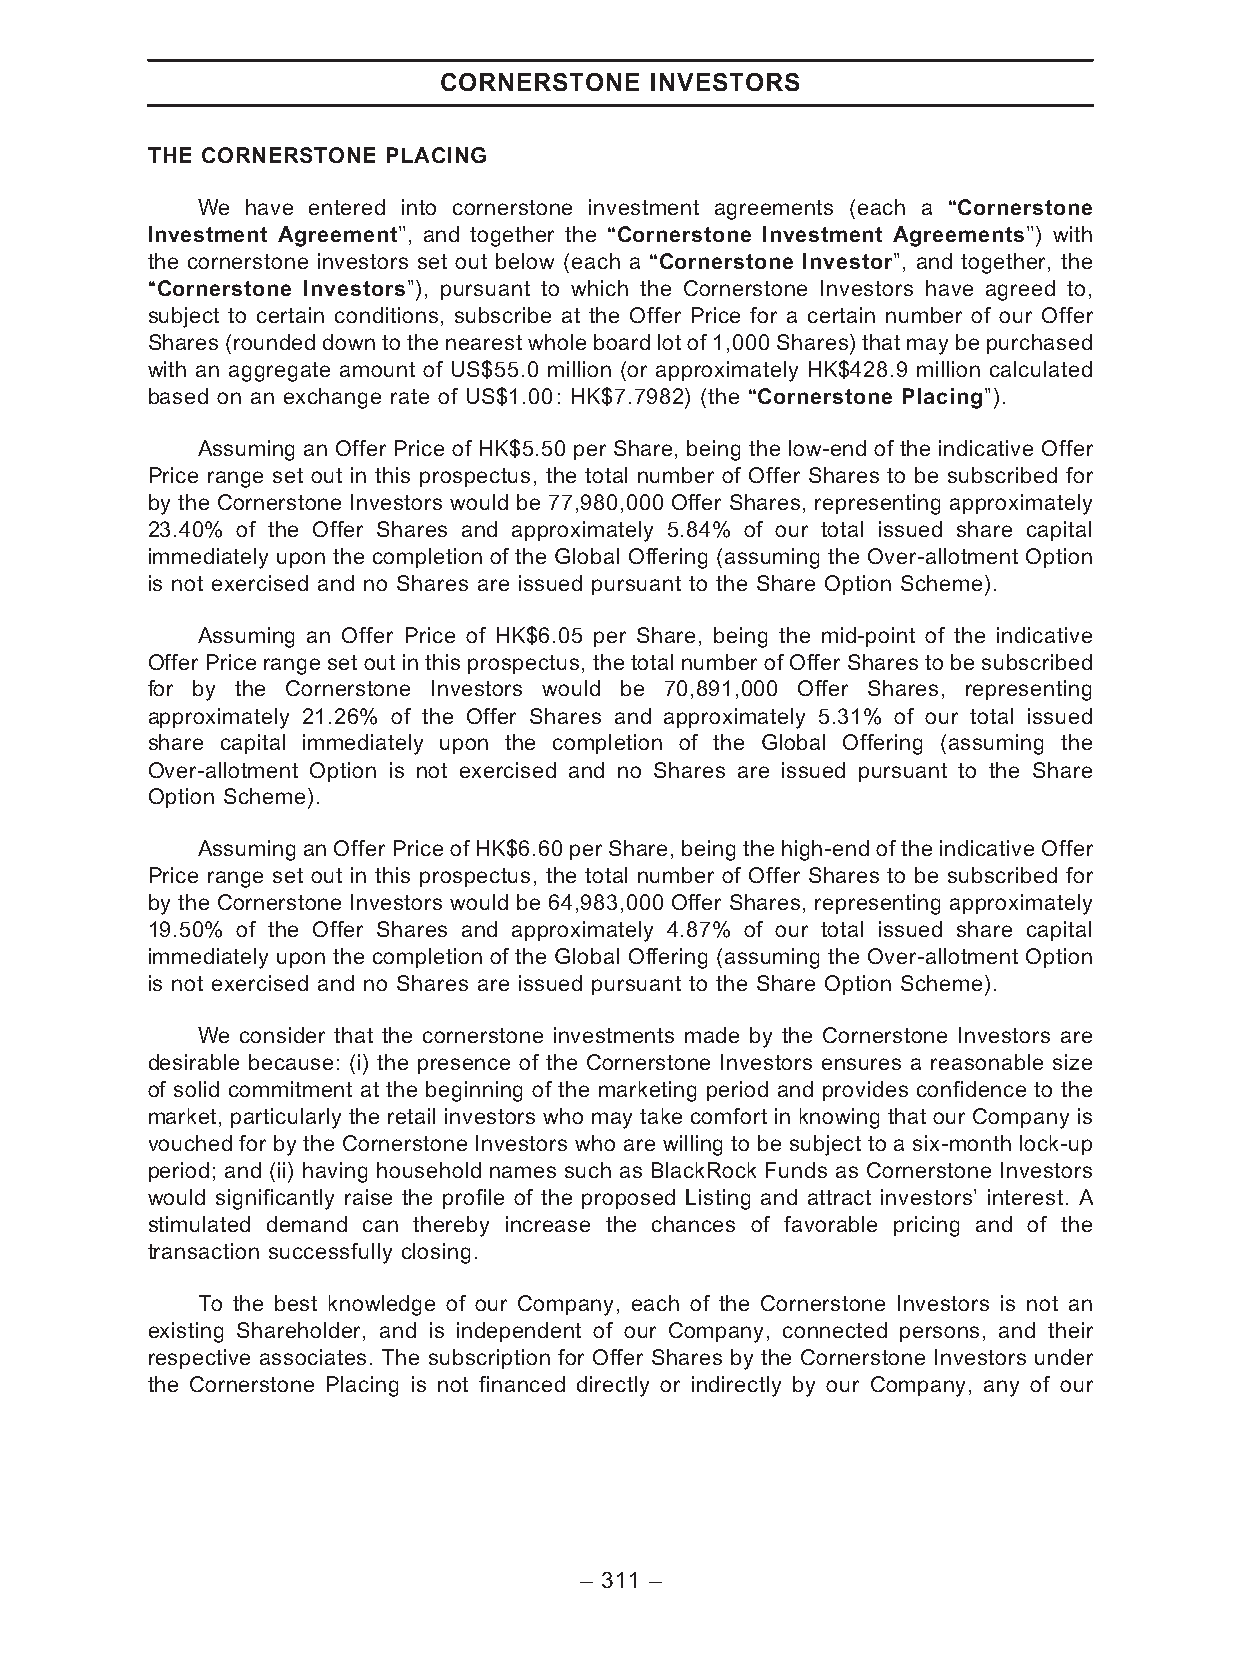
CORNERSTONE   INVESTORS
 THE CORNERSTONE PLACING
 We have entered into cornerstone investment agreements (each a ‘‘Cornerstone
 Investment Agreement’’, and together the ‘‘Cornerstone Investment Agreements’’) with
 the cornerstone investors set out below (each a ‘‘Cornerstone Investor’’, and together, the
 ‘‘Cornerstone Investors’’), pursuant to which the Cornerstone Investors have agreed to,
 subject to certain conditions, subscribe at the Offer Price for a certain number of our Offer
 Shares(rounded down tothenearest wholeboard lotof 1,000Shares)that maybepurchased
 with an aggregate amount of US$55.0 million (or approximately HK$428.9 million calculated
 based on an exchange rate of US$1.00: HK$7.7982) (the ‘‘Cornerstone Placing’’).
 Assuming an Offer Price of HK$5.50 per Share, being the low-end of the indicative Offer
 Price range set out in this prospectus, the total number of Offer Shares to be subscribed for
 by the Cornerstone Investors would be 77,980,000 Offer Shares, representing approximately
 23.40% of the Offer Shares and approximately 5.84% of our total issued share capital
 immediately upon the completion of the Global Offering (assuming the Over-allotment Option
 is not exercised and no Shares are issued pursuant to the Share Option Scheme).
 Assuming an Offer Price of HK$6.05 per Share, being the mid-point of the indicative
 Offer Price range set out in this prospectus, the total number of Offer Shares to be subscribed
 for by the Cornerstone Investors would be 70,891,000 Offer Shares, representing
 approximately 21.26% of the Offer Shares and approximately 5.31% of our total issued
 share capital immediately upon the completion of the Global Offering (assuming the
 Over-allotment Option is not exercised and no Shares are issued pursuant to the Share
 Option Scheme).
 Assuming an OfferPrice of HK$6.60 perShare, being thehigh-endof theindicative Offer
 Price range set out in this prospectus, the total number of Offer Shares to be subscribed for
 by the Cornerstone Investors would be 64,983,000 Offer Shares, representing approximately
 19.50% of the Offer Shares and approximately 4.87% of our total issued share capital
 immediately upon the completion of the Global Offering (assuming the Over-allotment Option
 is not exercised and no Shares are issued pursuant to the Share Option Scheme).
 We consider that the cornerstone investments made by the Cornerstone Investors are
 desirable because: (i) the presence of the Cornerstone Investors ensures a reasonable size
 of solid commitment at the beginning of the marketing period and provides confidence to the
 market, particularly the retail investors who may take comfort in knowing that our Company is
 vouched for by the Cornerstone Investors who are willing to be subject to a six-month lock-up
 period; and (ii) having household names such as BlackRock Funds as Cornerstone Investors
 would significantly raise the profile of the proposed Listing and attract investors’ interest. A
 stimulated demand can thereby increase the chances of favorable pricing and of the
 transaction successfully closing.
 To the best knowledge of our Company, each of the Cornerstone Investors is not an
 existing Shareholder, and is independent of our Company, connected persons, and their
 respective associates. The subscription for Offer Shares by the Cornerstone Investors under
 the Cornerstone Placing is not financed directly or indirectly by our Company, any of our
 – 311 –